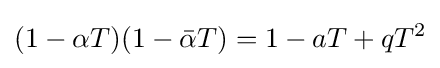
(1-\alpha T)(1-{\bar {\alpha }}T)=1-aT+qT^{2}